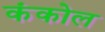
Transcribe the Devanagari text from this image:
कंकोल